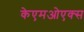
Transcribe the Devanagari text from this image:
केएमओएक्स